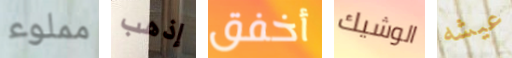
مملوء إذهب أخفق الوشيك عيشه